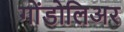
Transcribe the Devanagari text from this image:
गोंडोलिअर